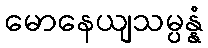
မောနေယျသမ္ပန္နံ